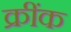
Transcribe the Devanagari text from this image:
क्रींक